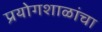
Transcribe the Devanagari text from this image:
प्रयोगशाळांचा